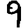
Digit: 9